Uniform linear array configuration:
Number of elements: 32
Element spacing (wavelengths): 0.75
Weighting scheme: cosine
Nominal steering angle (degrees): -15
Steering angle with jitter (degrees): -14.293
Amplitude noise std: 0.05
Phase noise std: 0.05

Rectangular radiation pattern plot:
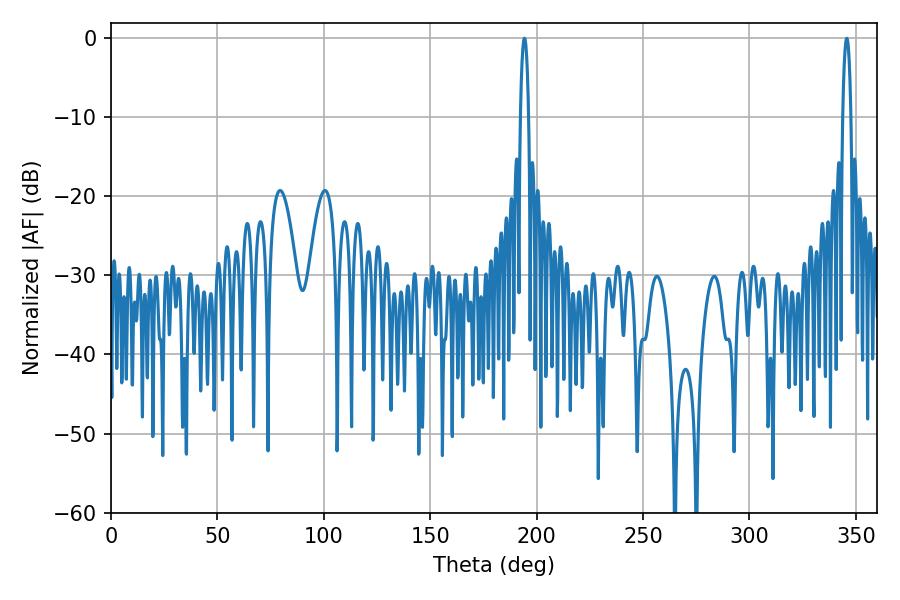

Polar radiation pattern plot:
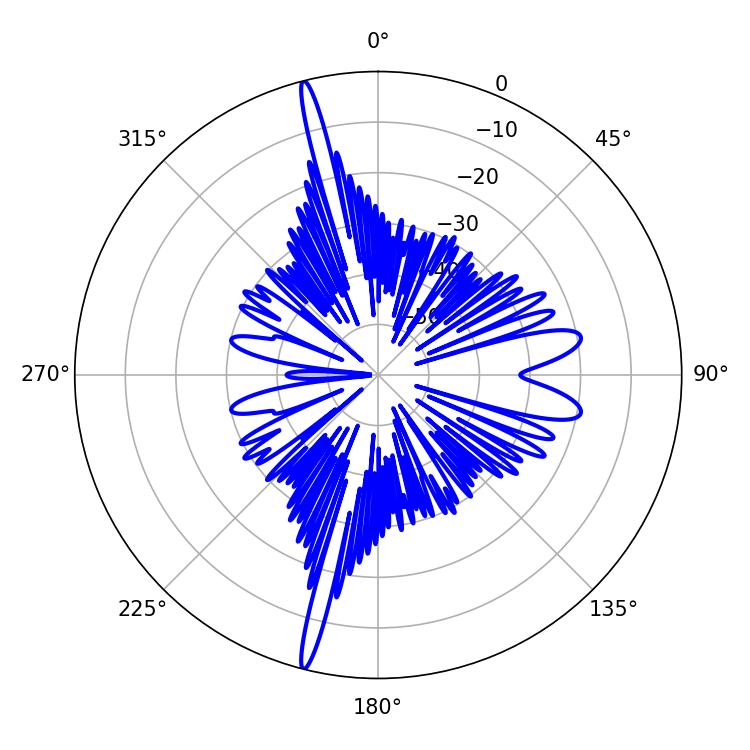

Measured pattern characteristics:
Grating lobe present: TRUE
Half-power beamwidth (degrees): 2.16
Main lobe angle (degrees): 194.22